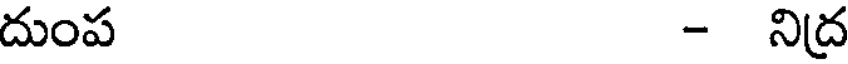
దుంప - నిద్ర